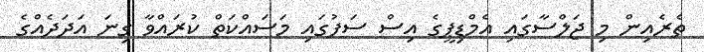
ތެރެއިން މި ޖަލްސާގައި އެމްޑިޕީގެ އިސް ސަފުގައި މަސައްކަތް ކުރައްވާ ގިނަ އަދަދެއްގެ